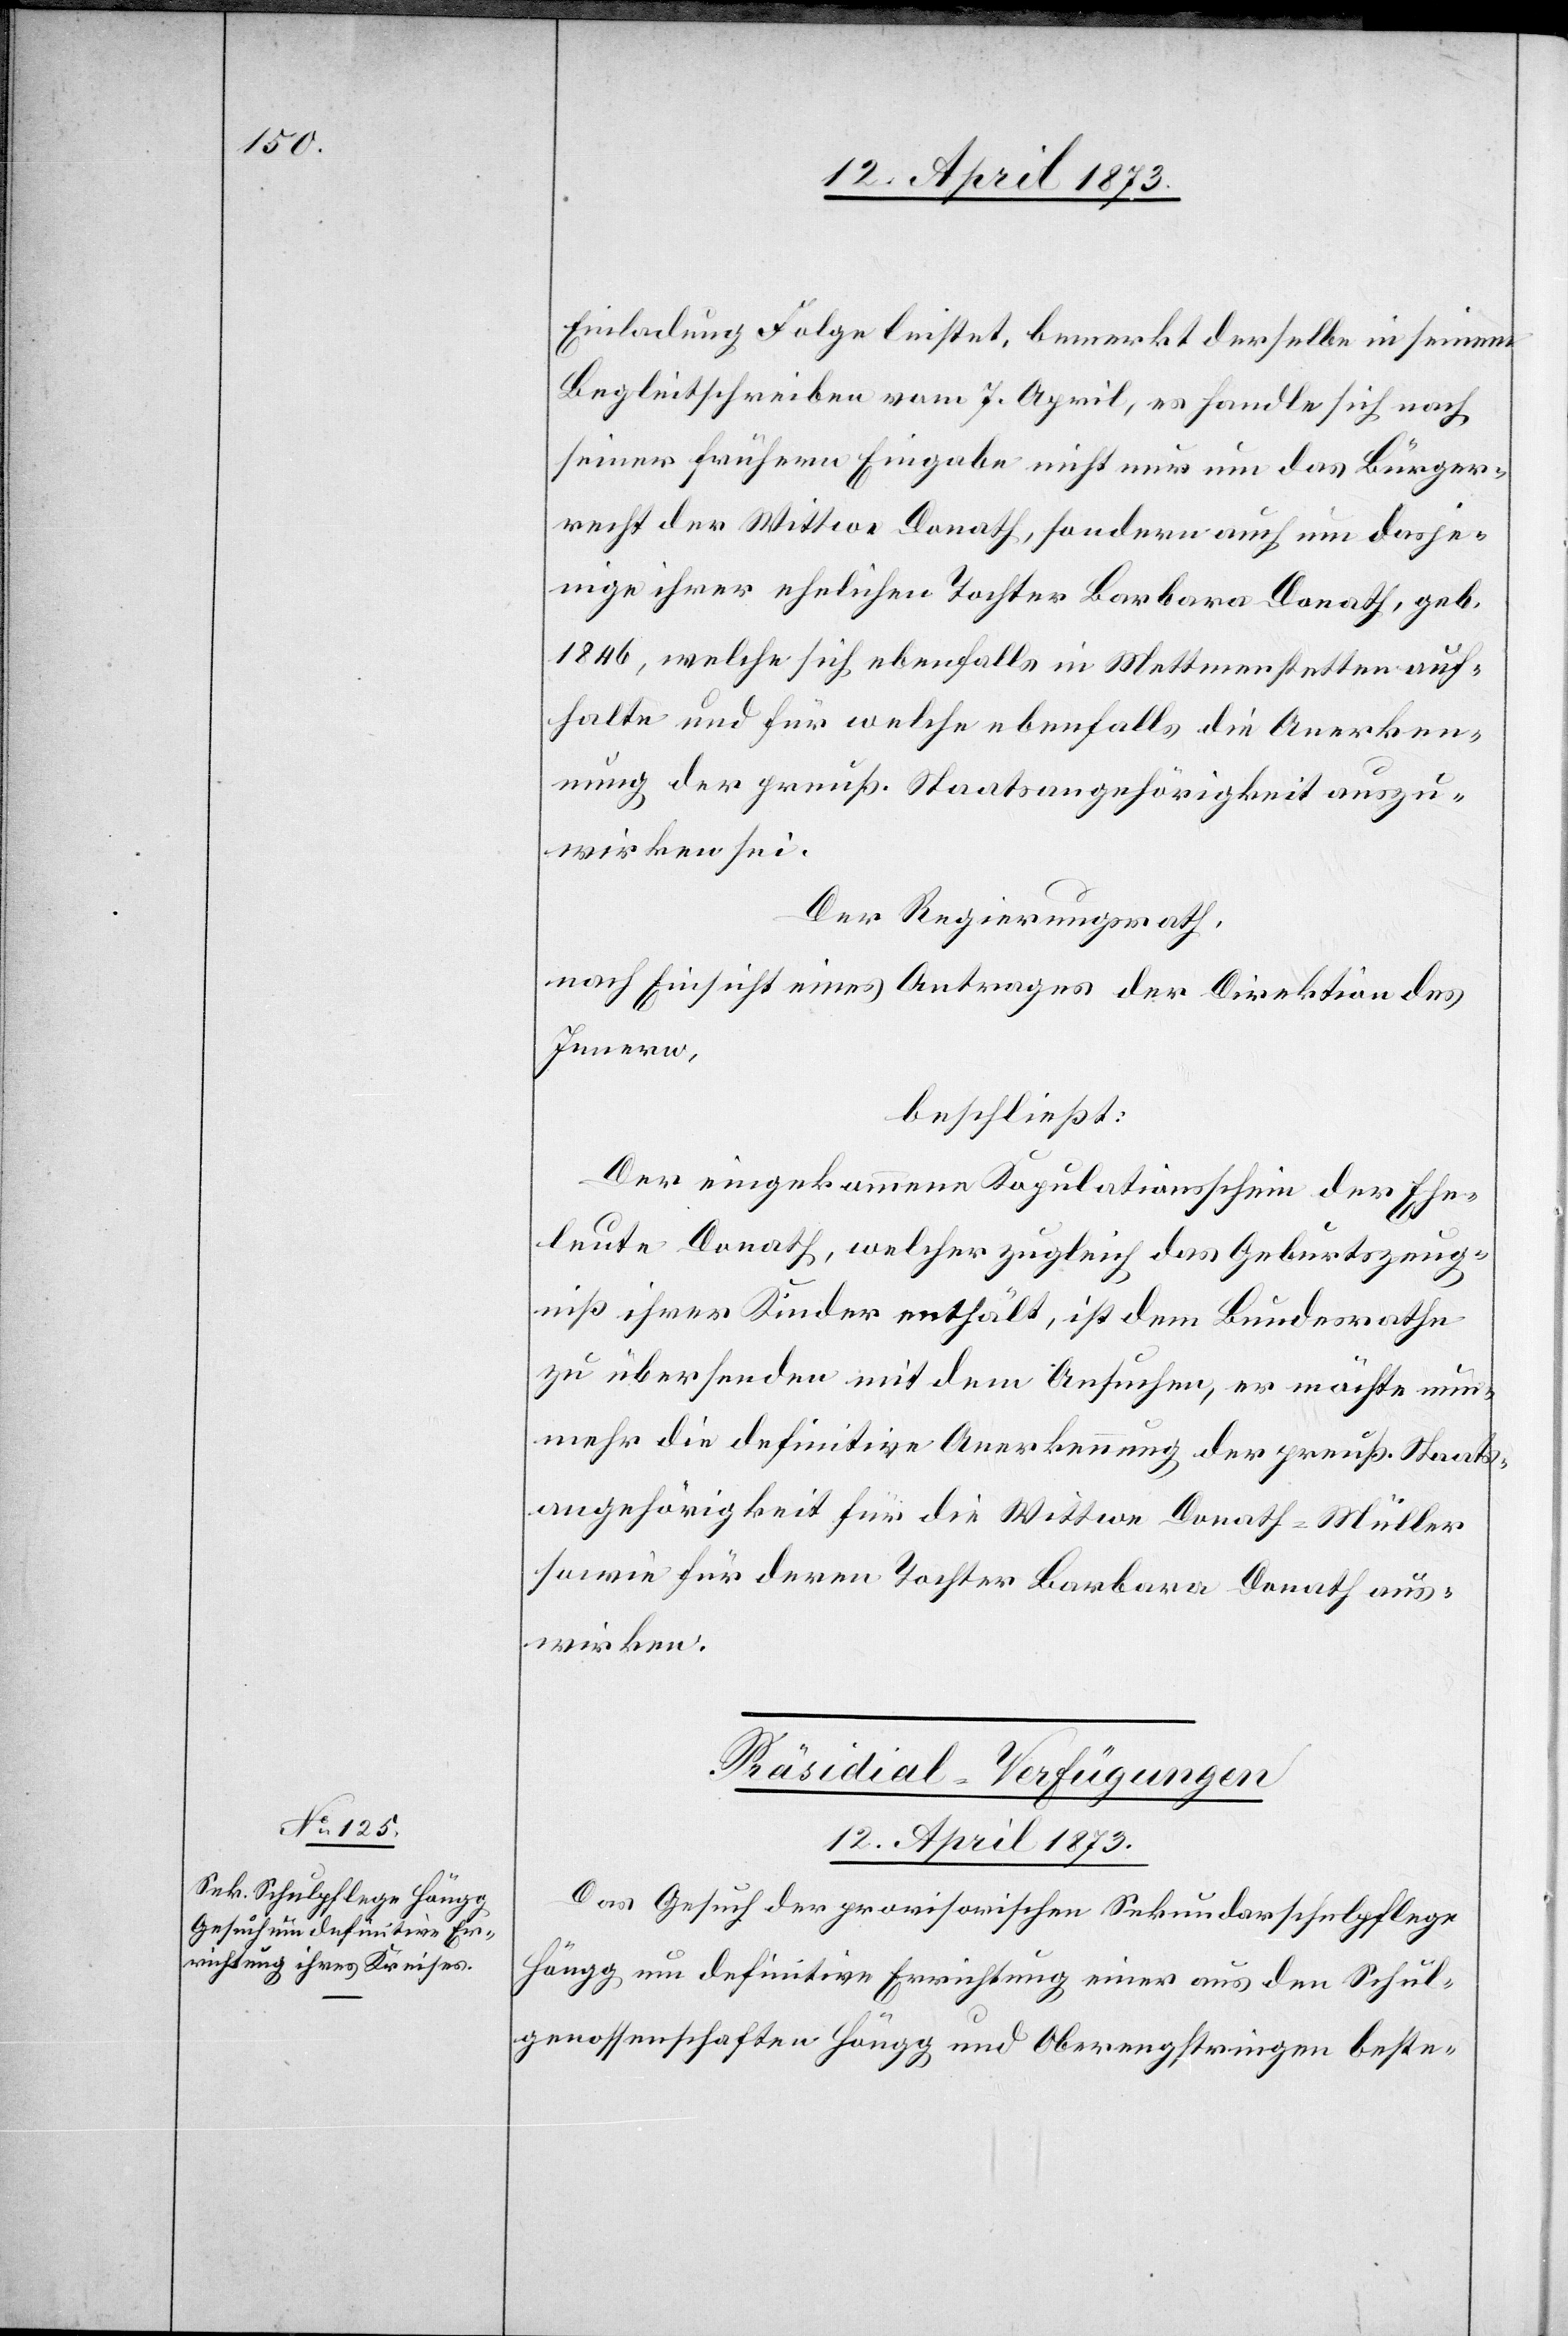
12. April 1873.
Einladung Folge leistet, bemerkt derselbe in seinem
Begleitschreiben vom 7. April, es handle sich nach
seiner frühern Eingabe nicht nur um das Bürger¬
recht der Wittwe Donath, sondern auch um dasje¬
nige ihrer ehelichen Tochter Barbara Donath, geb.
1846, welche sich ebenfalls in Mettmenstetten auf¬
halte und für welche ebenfalls die Anerken¬
nung der preuß. Staatsangehörigkeit auszu¬
wirken sei.
Der Regierungsrath,
nach Einsicht eines Antrages der Direktion des
Innern,
beschließt:
Der eingekommene Kopulationsschein der Ehe¬
leute Donath, welcher zugleich das Geburtszeug¬
niß ihrer Kinder enthält, ist dem Bundesrathe
zu übersenden mit dem Ansuchen, er möchte nun¬
mehr die definitive Anerkennung der preuß. Staats¬
angehörigkeit für die Wittwe Donath-Müller
sowie für deren Tochter Barbara Donath aus¬
wirken.
Präsidial-Verfügungen.
Das Gesuch der provisorischen Sekundarschulpflege
Höngg um definitive Errichtung einer [sic!] aus den Schul¬
genossenschaften Höngg und Oberengstringen beste-